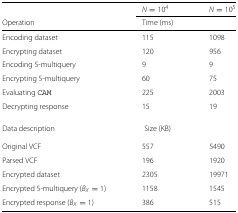
|  | N=104 | N=105 |
 | Operation | <COLSPAN=2> Time (ms) |
 | --- | --- | --- |
 | Encoding dataset | 115 | 1098 |
 | Encrypting dataset | 120 | 956 |
 | Encoding 5-multiquery | 9 | 9 |
 | Encrypting 5-multiquery | 60 | 75 |
 | Evaluating CAM | 225 | 2003 |
 | Decrypting response | 15 | 19 |
 | Data description | <COLSPAN=2> Size (KB) |
 | Original VCF | 557 | 5490 |
 | Parsed VCF | 196 | 1920 |
 | Encrypted dataset | 2305 | 19971 |
 | Encrypted 5-multiquery (BX=1) | 1158 | 1545 |
 | Encrypted response (BX=1) | 386 | 515 |